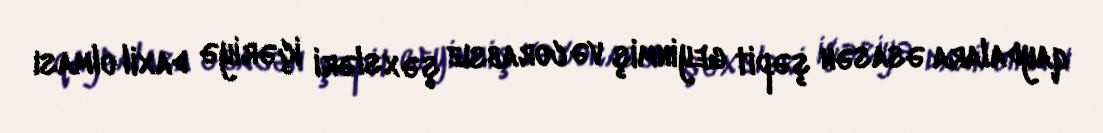
qaydalara əsasən şəpit geyinmiş və corabsız şəxsləri içəriyə daxil olması